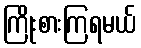
ကြိုးစားကြရမယ်